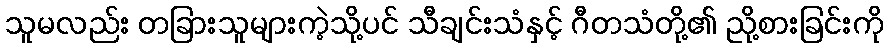
သူမလည်း တခြားသူများကဲ့သို့ပင် သီချင်းသံနှင့် ဂီတသံတို့၏ ညို့စားခြင်းကို